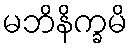
မဘိနိက္ခမိ